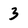
Character: 3